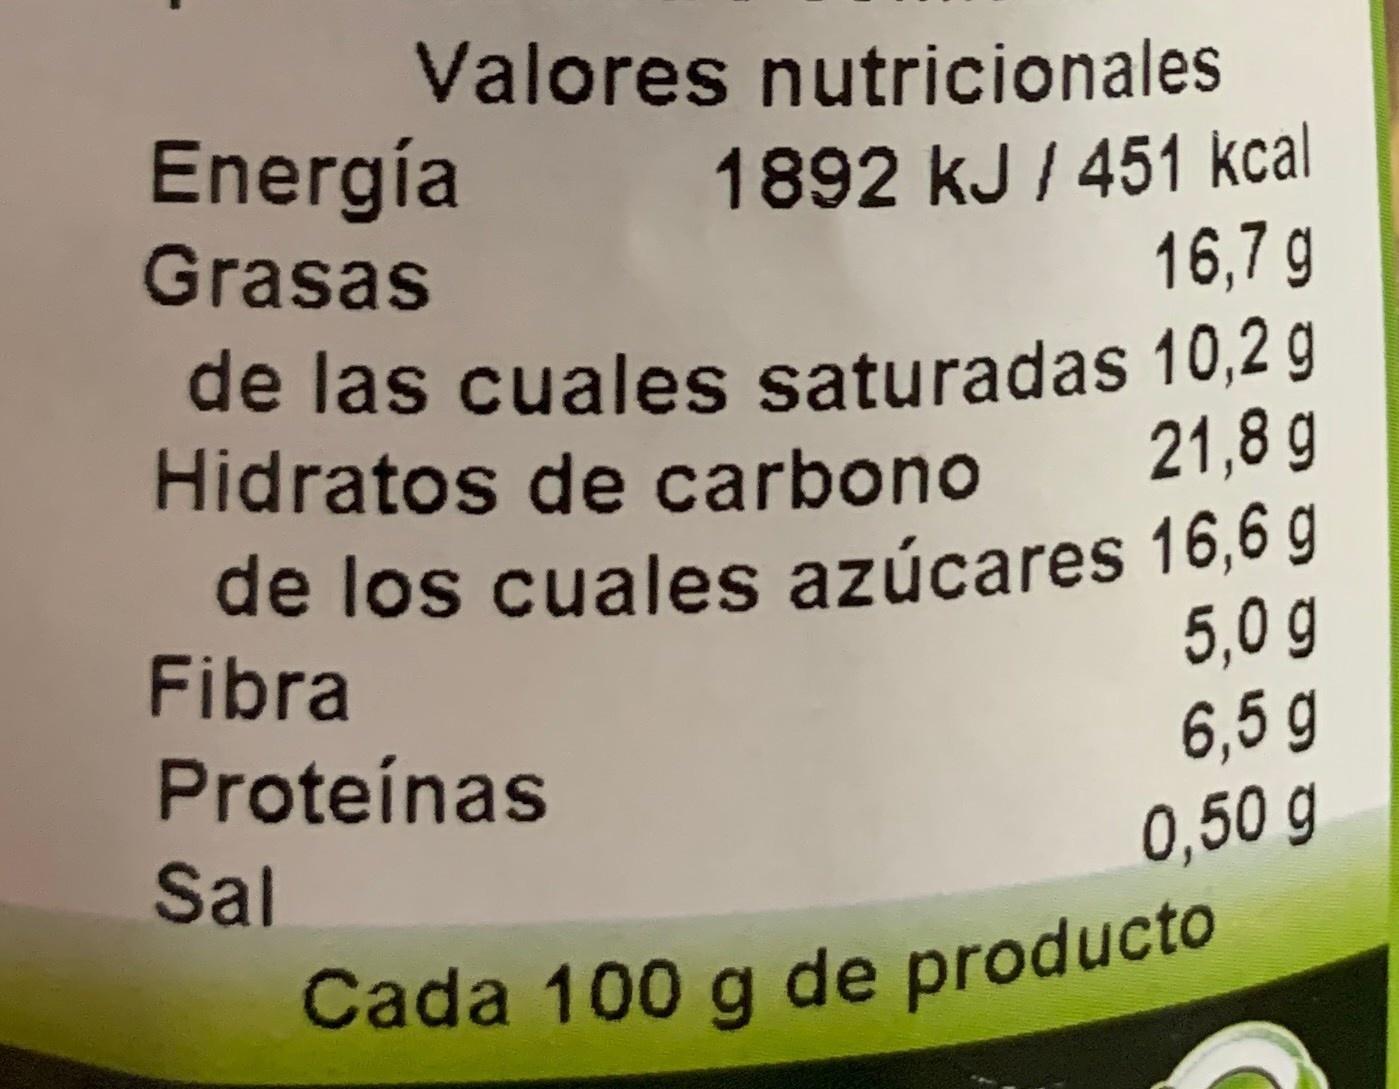
Valores nutricionales Energía 1892 kJ / 451 kcal 16,7 g de las cuales saturadas 10,2 g 21,8 g Grasas Hidratos de carbono de los cuales azúcares 16,6 g 5,0 g 6,5 g 0,50 g Fibra Proteínas Sal Cada 100 g de producto